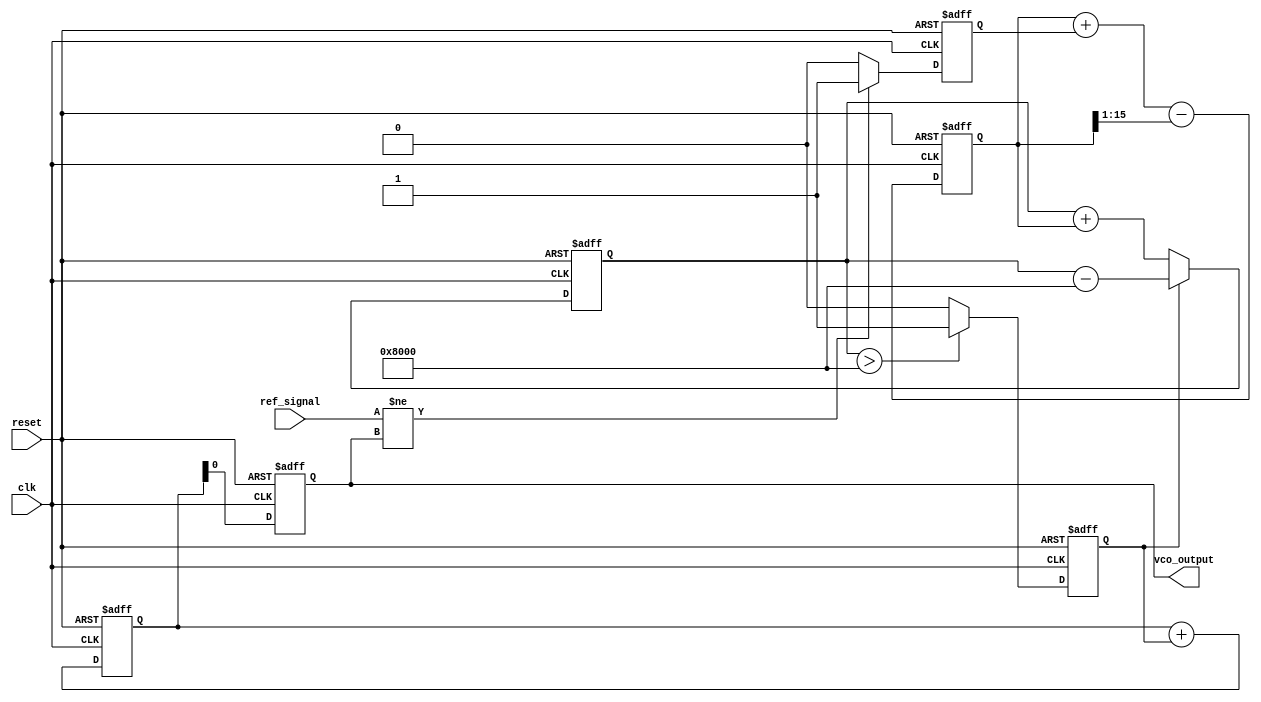
module sigma_delta_pll (
    input wire clk,                // System clock
    input wire reset,              // Asynchronous reset
    input wire ref_signal,         // Reference input signal
    output wire vco_output         // Output of the VCO
);

// Phase Detector
reg phase_error;
always @(posedge clk or posedge reset) begin
    if (reset) begin
        phase_error <= 0;
    end else begin
        // Simple phase comparison (for illustration)
        if (ref_signal != vco_output) begin
            phase_error <= 1;
        end else begin
            phase_error <= 0;
        end
    end
end

// Loop Filter
reg [15:0] loop_filter_output;
always @(posedge clk or posedge reset) begin
    if (reset) begin
        loop_filter_output <= 0;
    end else begin
        // Simple low-pass filter for illustration
        loop_filter_output <= loop_filter_output + phase_error - (loop_filter_output >> 1);
    end
end

// Sigma-Delta Modulator
reg [15:0] integrator;
reg quantized_output;
always @(posedge clk or posedge reset) begin
    if (reset) begin
        integrator <= 0;
        quantized_output <= 0;
    end else begin
        integrator <= integrator + loop_filter_output;
        // Simple comparator for quantization
        quantized_output <= (integrator > 16'h8000) ? 1'b1 : 1'b0; // Threshold
        if (quantized_output) begin
            integrator <= integrator - 16'h8000; // Feedback
        end
    end
end

// Voltage-Controlled Oscillator (VCO)
reg [15:0] vco_frequency;
reg [15:0] vco_output_reg;
always @(posedge clk or posedge reset) begin
    if (reset) begin
        vco_frequency <= 0;
        vco_output_reg <= 0;
    end else begin
        // Update VCO frequency based on quantized output
        vco_frequency <= vco_frequency + {15'b0, quantized_output}; // Adjust frequency
        vco_output_reg <= vco_frequency; // Example output
    end
end

assign vco_output = vco_output_reg;

endmodule